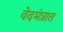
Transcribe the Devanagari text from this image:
वेदमंत्रात